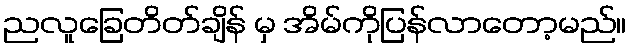
ညလူခြေတိတ်ချိန် မှ အိမ်ကိုပြန်လာတော့မည်။